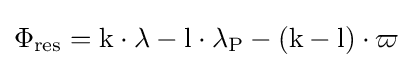
\Phi _{\rm {res}}={\rm {k\cdot \lambda -{\rm {l\cdot \lambda _{\rm {P}}-({\rm {k-{\rm {l)\cdot \varpi }}}}}}}}